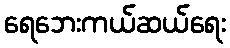
ရေဘေးကယ်ဆယ်ရေး